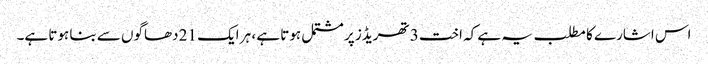
اس اشارے کا مطلب یہ ہے کہ اخت 3 تھریڈز پر مشتمل ہوتا ہے ، ہر ایک 21 دھاگوں سے بنا ہوتا ہے۔